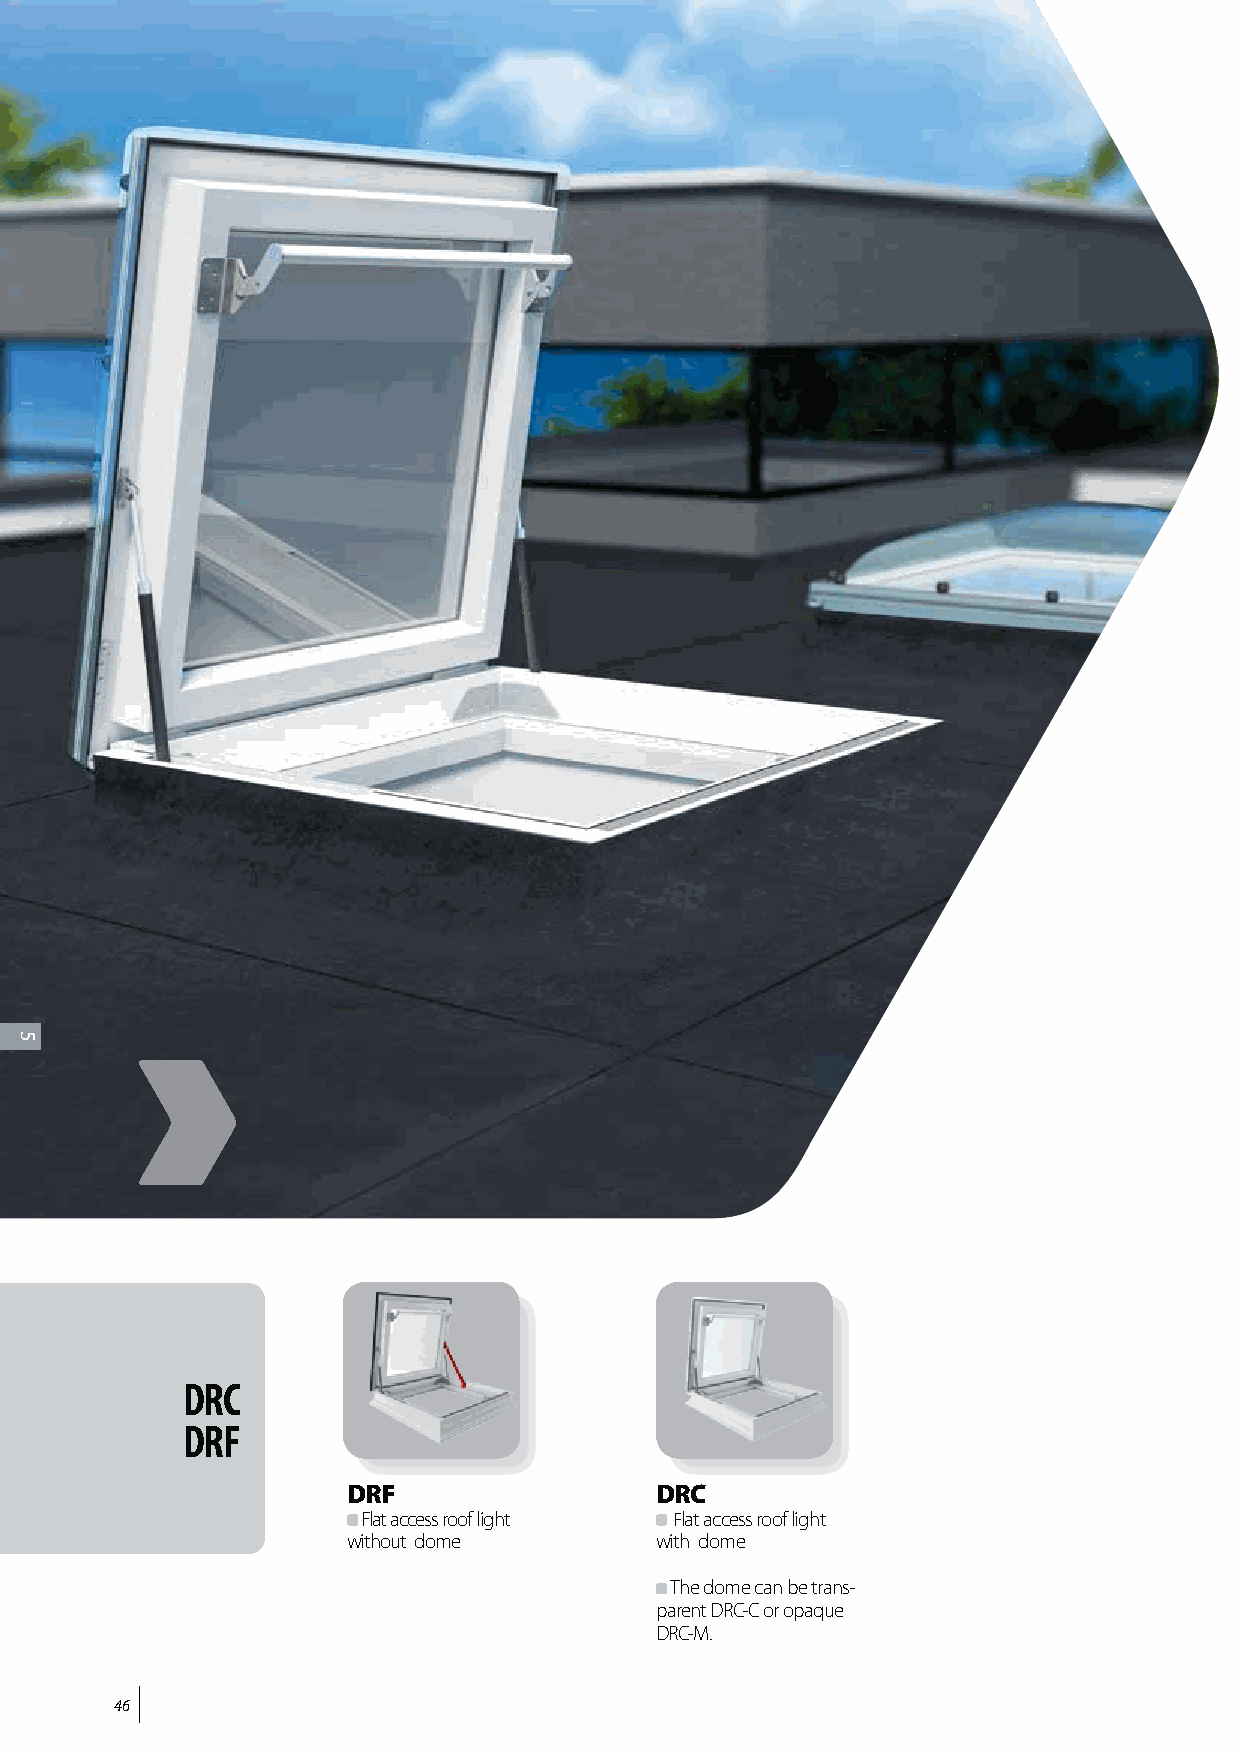
DRC
 DRF
 DRF                 DRC
 Flat access roof light Flat access roof light
 without dome        with dome
 The dome can be trans-
 parent DRC-C or opaque
 DRC-M.
 46
 5